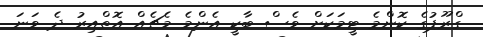
ގްރޫޕުގެ ކޮންމެ ޓީމަކަށް ވެސް ބާކީ އެންމެ މެޗެއް އޮތްއިރު ދެ ވަނަ